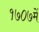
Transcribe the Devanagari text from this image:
१७०७में